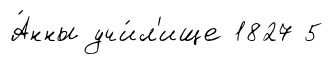
А́нны учи́л'ище 1827 5